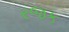
રજક